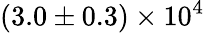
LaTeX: (3.0\pm 0.3)\times 10^{4}